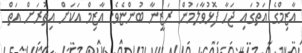
އާޒިމްގެ އަތުގައި ޖަހާ ފޮޅުވާލަމުން ރަޒީނާ ބުންޏެވެ. އާޒިމް އަކަށް އިތުރަށް އަތް